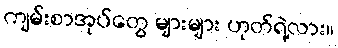
ကျမ်းစာအုပ်တွေ များများ ဟုတ်ရဲ့လား။